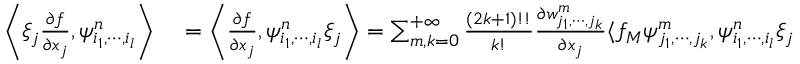
\begin{array} { r l } { \left\langle \xi _ { j } \frac { \partial f } { \partial x _ { j } } , \psi _ { i _ { 1 } , \cdots , i _ { l } } ^ { n } \right\rangle } & { { } = \left\langle \frac { \partial f } { \partial x _ { j } } , \psi _ { i _ { 1 } , \cdots , i _ { l } } ^ { n } \xi _ { j } \right\rangle = \sum _ { m , k = 0 } ^ { + \infty } \frac { ( 2 k + 1 ) ! ! } { k ! } \frac { \partial w _ { j _ { 1 } , \cdots , j _ { k } } ^ { m } } { \partial x _ { j } } \langle f _ { M } \psi _ { j _ { 1 } , \cdots , j _ { k } } ^ { m } , \psi _ { i _ { 1 } , \cdots , i _ { l } } ^ { n } \xi _ { j } \rangle } \end{array}